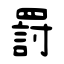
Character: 罸